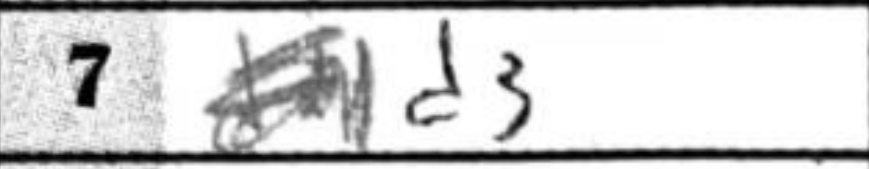
Transcription: d3